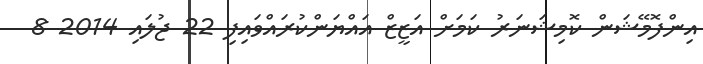
އިންފޮމޭޝަން ކޮމިޝަނަރު ކަމަށް އަޒީޒް އައްޔަންކުރައްވައިފި 22 ޖުލައި 2014 8